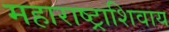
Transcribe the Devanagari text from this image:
महाराष्ट्राशिवाय